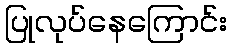
ပြုလုပ်နေကြောင်း